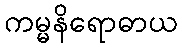
ကမ္မနိရောဓာယ